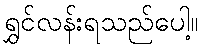
ရွှင်လန်းရသည်ပေါ့။